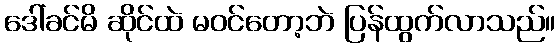
ဒေါ်ခင်မိ ဆိုင်ထဲ မဝင်တော့ဘဲ ပြန်ထွက်လာသည်။